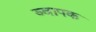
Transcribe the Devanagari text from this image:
व्वापक